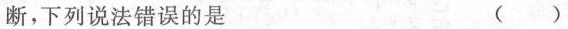
断，下列说法错误的是 （ ）